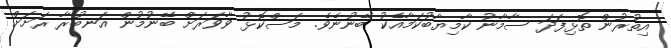
އިތުރުން ތޮޅިފަދަ ސާމާނު ކާމިޔާބުކަމާއެކު ބޭނުނެވެ. މަސްކޮޅު ވާވަރަށް ބޭނުމުން އަނބުރާ ރަށަށް